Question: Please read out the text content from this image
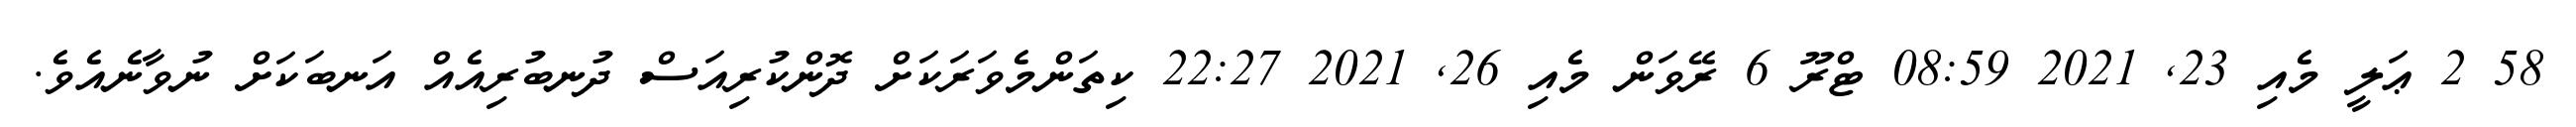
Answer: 58 2 ޢަލީ މެއި 23, 2021 08:59 ޓްރޫ 6 ރޭވަން މެއި 26, 2021 22:27 ކިތަންމެވަރަކަށް ދޮންކުރިއަސް ދުނބުރިއެއް އަނބަކަށް ނުވާނެއެވެ.